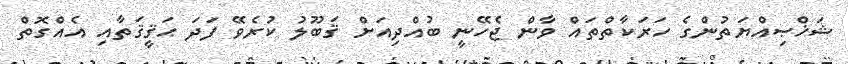
ޝަޚްޞިއްޔަތުންގެ ހަރަކާތްތައް ވާން ޖެހޭނީ ބުއްދިއަށް ޤަބޫލު ކުރެވޭ ފަދަ ޙަޤީޤަތާއި އެއްގޮތް